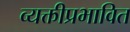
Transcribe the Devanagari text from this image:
व्यक्तीप्रभावित